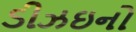
ડીઝઇનો